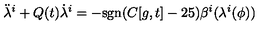
{ \ddot { \lambda } } ^ { i } + Q ( t ) { \dot { \lambda } } ^ { i } = - \mathrm { s g n } ( C [ g , t ] - 2 5 ) \beta ^ { i } ( \lambda ^ { i } ( \phi ) )